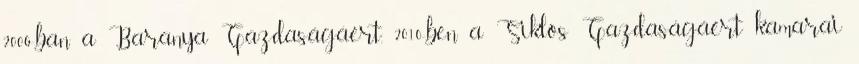
2006-ban a Baranya Gazdaságáért, 2010-ben a Siklós Gazdaságáért kamarai